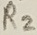
Text: R2